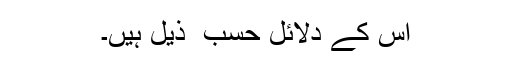
اس کے دلائل حسب ِ ذیل ہیں۔